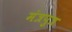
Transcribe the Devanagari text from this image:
मंत्रपुत्र